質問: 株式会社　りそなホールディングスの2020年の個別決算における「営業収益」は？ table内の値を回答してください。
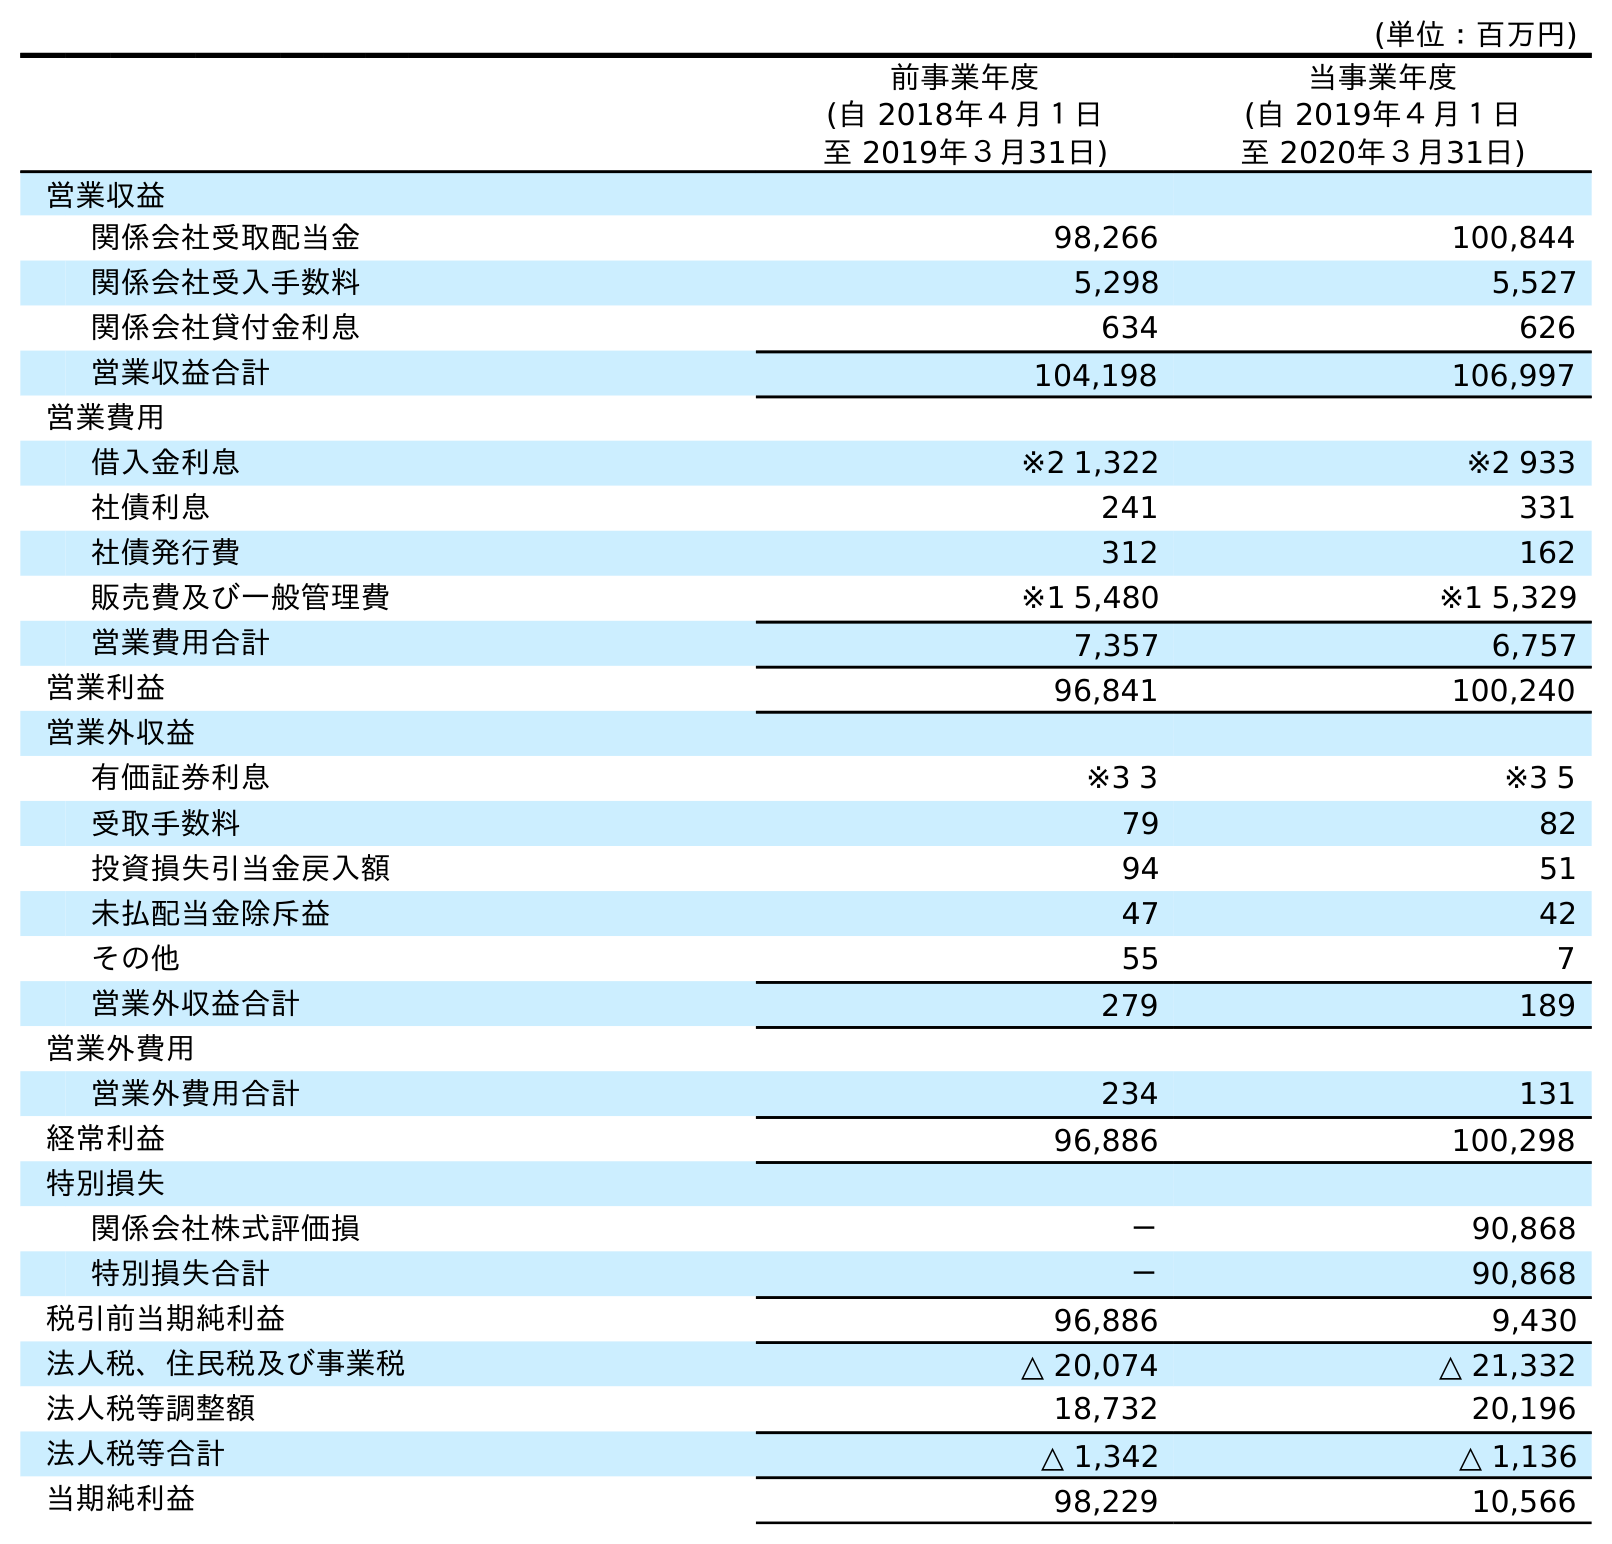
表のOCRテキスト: (単位：百万円) 前事業年度 (自 2018年４月１日 至 2019年３月31日) 当事業年度 (自 2019年４月１日 至 2020年３月31日) 営業収益 関係会社受取配当金 98,266 100,844 関係会社受入手数料 5,298 5,527 関係会社貸付金利息 634 626 営業収益合計 104,198 106,997 営業費用 借入金利息 ※2 1,322 ※2 933 社債利息 241 331 社債発行費 312 162 販売費及び一般管理費 ※1 5,480 ※1 5,329 営業費用合計 7,357 6,757 営業利益 96,841 100,240 営業外収益 有価証券利息 ※3 3 ※3 5 受取手数料 79 82 投資損失引当金戻入額 94 51 未払配当金除斥益 47 42 その他 55 7 営業外収益合計 279 189 営業外費用 営業外費用合計 234 131 経常利益 96,886 100,298 特別損失 関係会社株式評価損 － 90,868 特別損失合計 － 90,868 税引前当期純利益 96,886 9,430 法人税、住民税及び事業税 △ 20,074 △ 21,332 法人税等調整額 18,732 20,196 法人税等合計 △ 1,342 △ 1,136 当期純利益 98,229 10,566
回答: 106,997